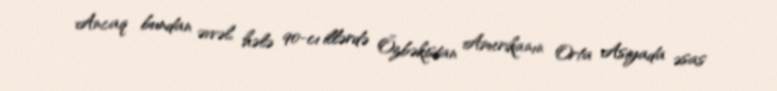
Ancaq bundan əvvəl, hələ 90-cı illərdə Özbəkistan Amerikanın Orta Asiyada əsas